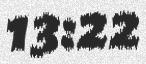
13:22